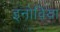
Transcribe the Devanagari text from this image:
इनोविया